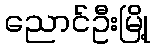
ညောင်ဦးမြို့